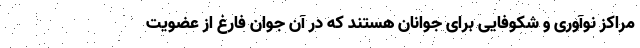
مراکز نوآوری و شکوفایی برای جوانان هستند که در آن جوان فارغ از عضویت